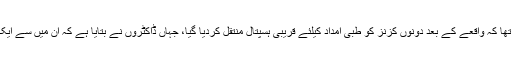
اس حملے کے حوالے سے پولیس کا کہنا تھا کہ واقعے کے بعد دونوں کزنز کو طبی امداد کیلئے قریبی ہسپتال منتقل کردیا گیا، جہاں ڈاکٹروں نے بتایا ہے کہ ان میں سے ایک شخص کی قوت سماعت متاثر ہوئی ہے۔